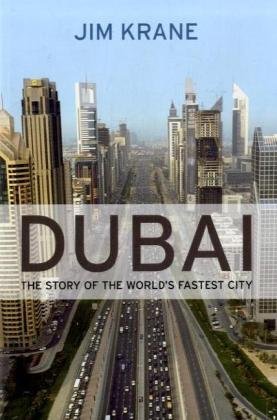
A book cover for Dubai: The Story of the World's Fastest City; Jim Krane; History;